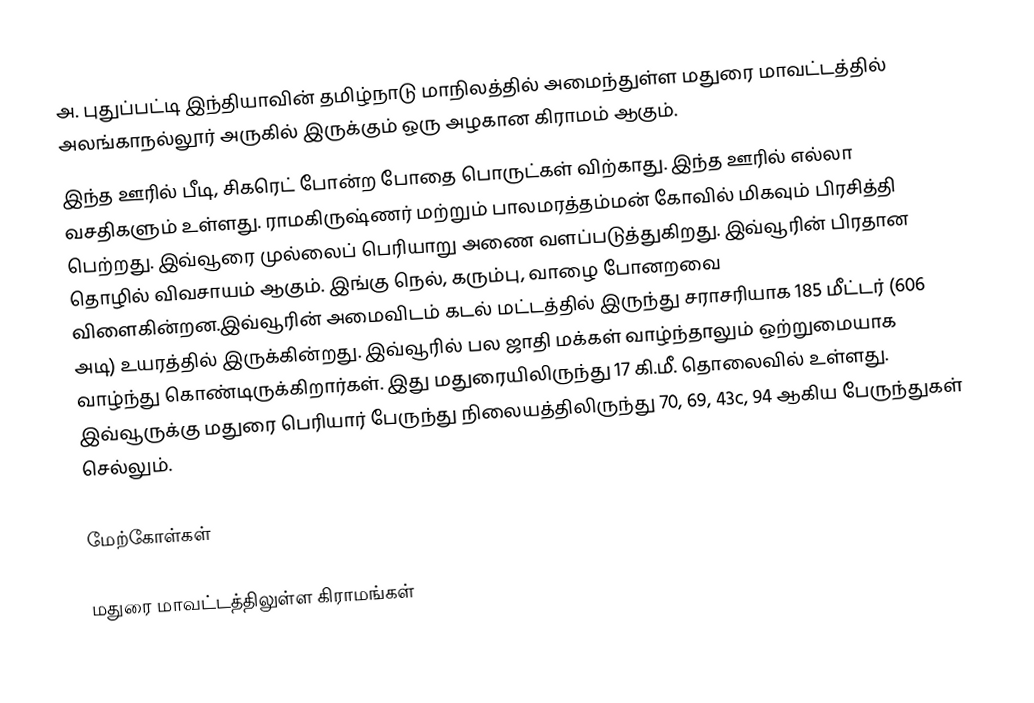
அ. புதுப்பட்டி இந்தியாவின் தமிழ்நாடு  மாநிலத்தில் அமைந்துள்ள மதுரை மாவட்டத்தில் அலங்காநல்லூர் அருகில் இருக்கும் ஒரு அழகான கிராமம் ஆகும்.
இந்த ஊரில் பீடி, சிகரெட் போன்ற போதை பொருட்கள் விற்காது. இந்த ஊரில் எல்லா வசதிகளும் உள்ளது. ராமகிருஷ்ணர் மற்றும் பாலமரத்தம்மன் கோவில் மிகவும் பிரசித்தி பெற்றது. இவ்வூரை முல்லைப் பெரியாறு அணை வளப்படுத்துகிறது. இவ்வூரின் பிரதான தொழில் விவசாயம் ஆகும். இங்கு நெல், கரும்பு, வாழை போனறவை விளைகின்றன.இவ்வூரின் அமைவிடம் கடல் மட்டத்தில் இருந்து சராசரியாக 185 மீட்டர் (606 அடி) உயரத்தில் இருக்கின்றது. இவ்வூரில் பல ஜாதி மக்கள் வாழ்ந்தாலும் ஒற்றுமையாக வாழ்ந்து கொண்டிருக்கிறார்கள். இது மதுரையிலிருந்து 17 கி.மீ. தொலைவில் உள்ளது. இவ்வூருக்கு மதுரை பெரியார் பேருந்து நிலையத்திலிருந்து 70, 69, 43c, 94 ஆகிய பேருந்துகள் செல்லும்.

மேற்கோள்கள்

மதுரை மாவட்டத்திலுள்ள கிராமங்கள்